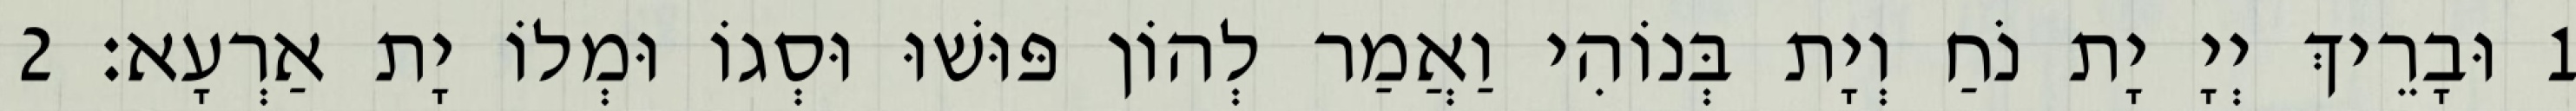
1 וּבָרֵיךְ יְיָ יָת נֹחַ וְיָת בְּנוֹהִי וַאֲמַר לְהוֹן פּוּשׁוּ וּסְגוֹ וּמְלוֹ יָת אַרְעָא׃ 2